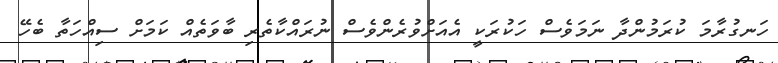
ހަނގުރާމަ ކުރަމުންދާ ނަމަވެސް ހަކުރަކީ އެއަށްވުރެންވެސް ނުރައްކާތެރި ބާވަތެއް ކަމަށް ސިއްހަތާ ބެހޭ